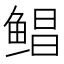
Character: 鲳